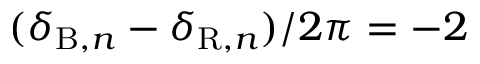
( \delta _ { \mathrm { B } , n } - \delta _ { \mathrm { R } , n } ) / 2 \pi = - 2